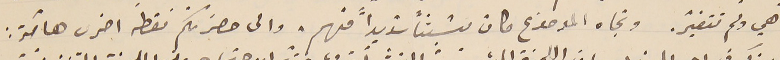
ما هي ولم تتغيّر. وتجاه الموضوع كان مشبثاً شديداً منهم. والى حضرتكمّْ نقطه اخرى هامّة: